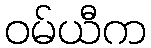
ဝမ်ယီက